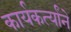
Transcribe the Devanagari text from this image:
कार्यकर्त्यांने